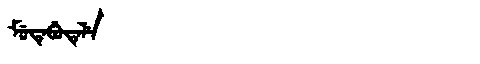
Manchu: ᠮᡠᡨᡝᠪᡠᡨᡝᠯᡝ
Romanization: MUTEBUTELE